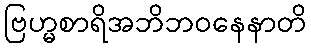
ဗြဟ္မစာရိအဘိဘဝနေနာတိ